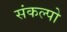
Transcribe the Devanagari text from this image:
संकल्पो